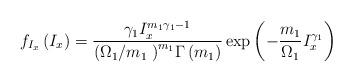
LaTeX: \begin{align*}{{f}_{{{I}_{x}}}}\left( {{I}_{x}} \right)=\frac{{{\gamma }_{1}}I_{x}^{{{m}_{1}}{{\gamma }_{1}}-1}}{{{\left( {{{\Omega }_{1}}}/{{{m}_{1}}}\; \right)}^{{{m}_{1}}}}\Gamma \left( {{m}_{1}} \right)}\exp \left( -\frac{{{m}_{1}}}{{{\Omega }_{1}}}I_{x}^{{{\gamma }_{1}}} \right)\end{align*}